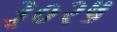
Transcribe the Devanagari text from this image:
३०२५